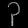
Digit: ၃